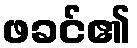
ဖခင်၏